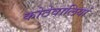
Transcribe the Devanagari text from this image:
कोठेवालियां